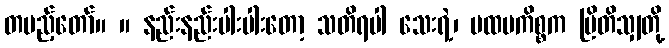
တပည့်တော်။ ။ နည်းနည်းပါးပါးတော့ သတိရပါ သေးရဲ့၊ ပထမကိစ္စက ဗြိတိသျှတို့